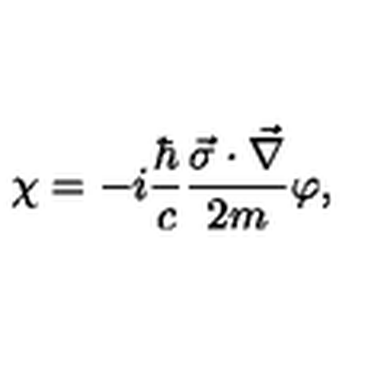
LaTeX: \chi = - i \frac { \hbar } { c } \frac { \vec { \sigma } \cdot \vec { \nabla } } { 2 m } \varphi { , }